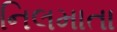
નિલમાતા